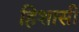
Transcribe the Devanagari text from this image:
हिशासी